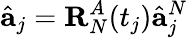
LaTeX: \hat{\mathbf{a}}_{j}=\mathbf{R}_{N}^{A}(t_{j})\hat{\mathbf{a}}_{j}^{N}